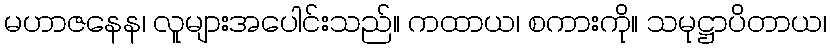
မဟာဇနေန၊ လူများအပေါင်းသည်။ ကထာယ၊ စကားကို။ သမုဋ္ဌာပိတာယ၊